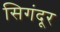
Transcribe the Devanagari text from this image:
सिगंदूर